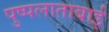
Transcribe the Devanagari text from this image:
पुष्पलाताबाई